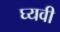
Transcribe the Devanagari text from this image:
घ्यवी